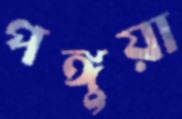
পঙ্গুয়া